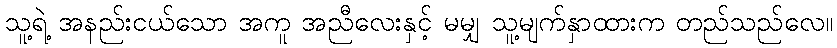
သူ့ရဲ့ အနည်းငယ်သော အကူ အညီလေးနှင့် မမျှ သူ့မျက်နှာထားက တည်သည်လေ။